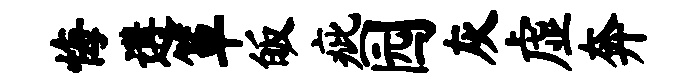
悔遘箪皈疵园灰虚奔